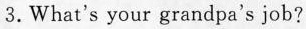
3.What's your grandpa's job?